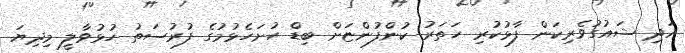
އަދި ޝައުގުވެރިކަން ފާޅުކުރި ހަތަރު ކުންފުންޏަށް ބިޑް ހުށަހެޅުމުގެ ފުރުސަތު ހުޅުވާލީ މިދިޔަ